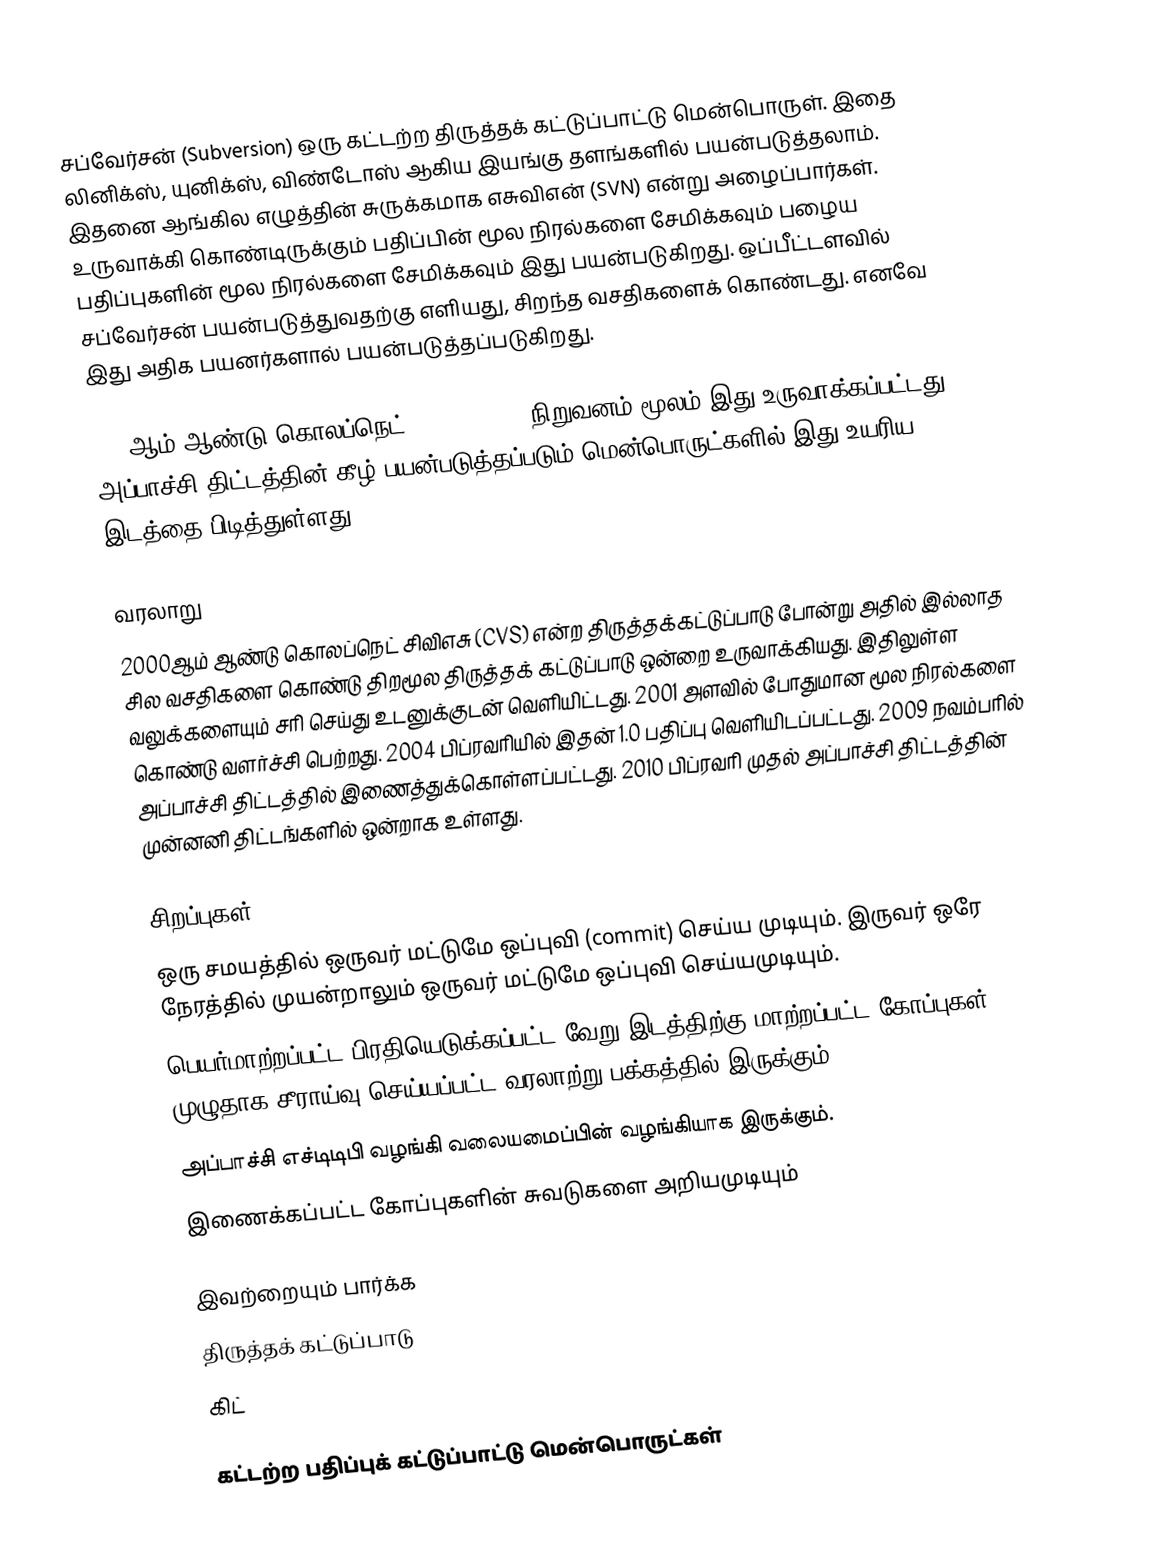
சப்வேர்சன் (Subversion) ஒரு கட்டற்ற திருத்தக் கட்டுப்பாட்டு மென்பொருள். இதை லினிக்ஸ், யுனிக்ஸ், விண்டோஸ் ஆகிய இயங்கு தளங்களில் பயன்படுத்தலாம். இதனை ஆங்கில எழுத்தின் சுருக்கமாக எசுவிஎன் (SVN) என்று அழைப்பார்கள். உருவாக்கி கொண்டிருக்கும் பதிப்பின் மூல நிரல்களை சேமிக்கவும் பழைய பதிப்புகளின் மூல நிரல்களை சேமிக்கவும் இது பயன்படுகிறது. ஒப்பீட்டளவில் சப்வேர்சன் பயன்படுத்துவதற்கு எளியது, சிறந்த வசதிகளைக் கொண்டது. எனவே இது அதிக பயனர்களால் பயன்படுத்தப்படுகிறது.

2000ஆம் ஆண்டு கொலப்நெட் (CollabNet ) நிறுவனம் மூலம் இது உருவாக்கப்பட்டது. அப்பாச்சி திட்டத்தின் கீழ் பயன்படுத்தப்படும் மென்பொருட்களில் இது உயரிய இடத்தை பிடித்துள்ளது.

வரலாறு
2000ஆம் ஆண்டு கொலப்நெட் சிவிஎசு (CVS)  என்ற திருத்தக்கட்டுப்பாடு போன்று அதில் இல்லாத சில வசதிகளை கொண்டு திறமூல திருத்தக் கட்டுப்பாடு ஒன்றை உருவாக்கியது. இதிலுள்ள வலுக்களையும் சரி செய்து உடனுக்குடன் வெளியிட்டது. 2001 அளவில் போதுமான மூல நிரல்களை கொண்டு வளர்ச்சி பெற்றது. 2004 பிப்ரவரியில் இதன் 1.0 பதிப்பு வெளியிடப்பட்டது. 2009 நவம்பரில் அப்பாச்சி திட்டத்தில் இணைத்துக்கொள்ளப்பட்டது. 2010 பிப்ரவரி முதல் அப்பாச்சி திட்டத்தின் முன்னனி திட்டங்களில் ஒன்றாக உள்ளது.

சிறப்புகள்
 ஒரு சமயத்தில் ஒருவர் மட்டுமே ஒப்புவி (commit) செய்ய முடியும். இருவர் ஒரே நேரத்தில் முயன்றாலும் ஒருவர் மட்டுமே ஒப்புவி செய்யமுடியும்.
 பெயர்மாற்றப்பட்ட\பிரதியெடுக்கப்பட்ட\வேறு இடத்திற்கு மாற்றப்பட்ட கோப்புகள் முழுதாக சீராய்வு செய்யப்பட்ட வரலாற்று பக்கத்தில் இருக்கும்
 அப்பாச்சி எச்டிடிபி வழங்கி வலையமைப்பின் வழங்கியாக இருக்கும்.
 இணைக்கப்பட்ட கோப்புகளின் சுவடுகளை அறியமுடியும்

இவற்றையும் பார்க்க
 திருத்தக் கட்டுப்பாடு
 கிட்

கட்டற்ற பதிப்புக் கட்டுப்பாட்டு மென்பொருட்கள்